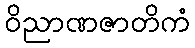
ဝိညာဏဇာတိကံ